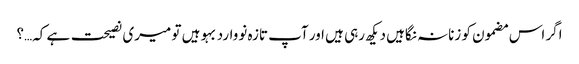
اگر اس مضمون کو زنانہ نگاہیں دیکھ رہی ہیں اور آپ تازہ نووارد بہو ہیں تو میری نصیحت ہے کہ…؟